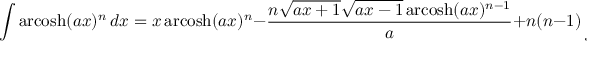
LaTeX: \int \operatorname { a r c o s h } ( a x ) ^ { n } \, d x = x \operatorname { a r c o s h } ( a x ) ^ { n } - { \frac { n { \sqrt { a x + 1 } } { \sqrt { a x - 1 } } \operatorname { a r c o s h } ( a x ) ^ { n - 1 } } { a } } + n ( n - 1 ) \int \operatorname { a r c o s h } ( a x ) ^ { n - 2 } \, d x